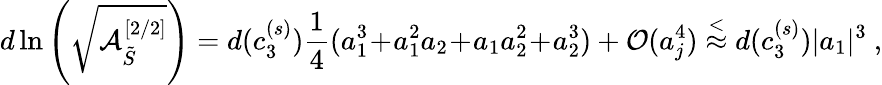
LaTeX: d\ln\left(\sqrt{{\cal A}_{\tilde{S}}^{[2/2]}}\right)=d(c_{3}^{(s)})\frac{1}{4}(a_{1}^{3}\! +\! a_{1}^{2}a_{2}\! +\! a_{1}a_{2}^{2}\! +\! a_{2}^{3})+{\cal O}(a_{j}^{4})\stackrel{<}{\approx}d(c_{3}^{(s)})|a_{1}|^{3}\ ,